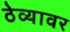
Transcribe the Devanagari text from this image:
ठेव्यावर